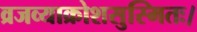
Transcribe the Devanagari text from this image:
व्रजव्याक्रोशसुस्मितः।